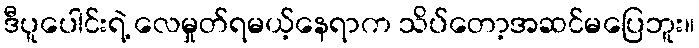
ဒီပူပေါင်းရဲ့ လေမှုတ်ရမယ့်နေရာက သိပ်တော့အဆင်မပြေဘူး။